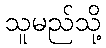
သူမည်သို့